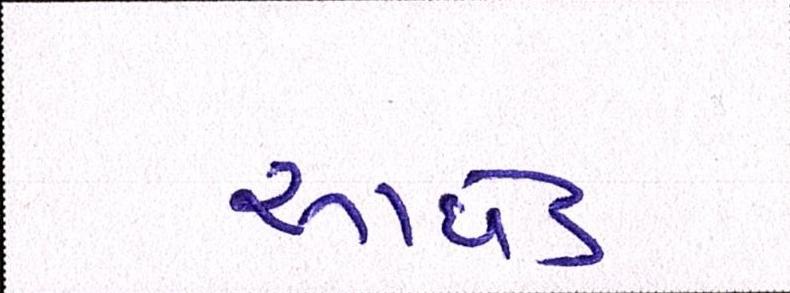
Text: આધેડ